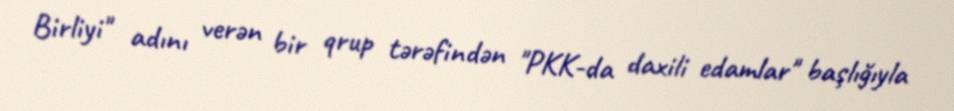
Birliyi'' adını verən bir qrup tərəfindən ''PKK-da daxili edamlar'' başlığıyla